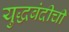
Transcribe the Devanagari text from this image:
युद्धबंदीची